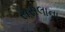
સસલાના